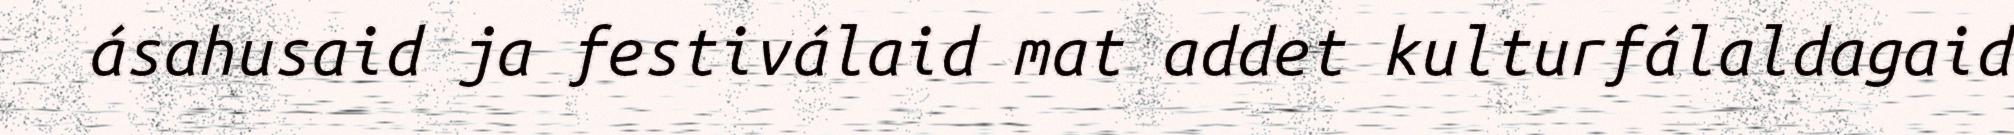
ásahusaid ja festiválaid mat addet kulturfálaldagaid